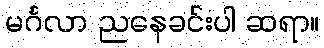
မင်္ဂလာ ညနေခင်းပါ ဆရာ။